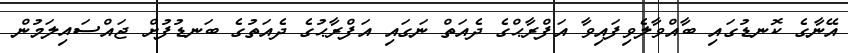
އޭނާގެ ކޮނޑުގައި ބާއްވާލެވިފައިވާ އަފްރާޙްގެ ދެއަތް ނަގައި އަފްރާޙުގެ ދެއަތުގެ ބަނޑުފުށް ޖައްސައިލަމުން